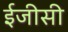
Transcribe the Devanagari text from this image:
ईजीसी